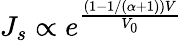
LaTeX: J_{s}\propto e^{\frac{(1-1/(\alpha+1))V}{V_{0}}}